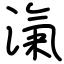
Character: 滊